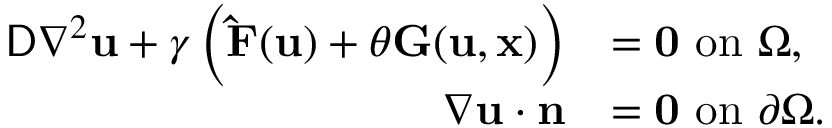
\begin{array} { r l } { \mathsf { D } \nabla ^ { 2 } \mathbf { u } + \gamma \left( \mathbf { \hat { F } } ( \mathbf { u } ) + \theta \mathbf { G } ( \mathbf { u } , \mathbf { x } ) \right) } & { = \mathbf { 0 } ~ \mathrm { o n } ~ \Omega , } \\ { \nabla \mathbf { u } \cdot \mathbf { n } } & { = \mathbf { 0 } ~ \mathrm { o n } ~ \partial \Omega . } \end{array}